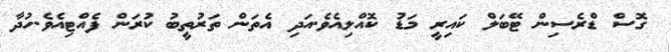
ގޮސް ޑްރެސިން ޓޭބަލް ކައިރީ މަޑު ކޮއްލިއެވެ.އަދި އެތަން ތަރުތީބު ކުރަން ފެއްޓިއެވެ.ހުދާ